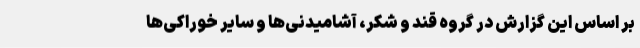
بر اساس این گزارش در گروه قند و شکر، آشامیدنی‌ها و سایر خوراکی‌ها